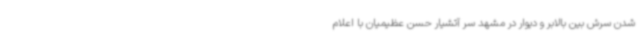
شدن سرش بین بالابر و دیوار در مشهد سر آتشیار حسن عظیمیان با اعلام